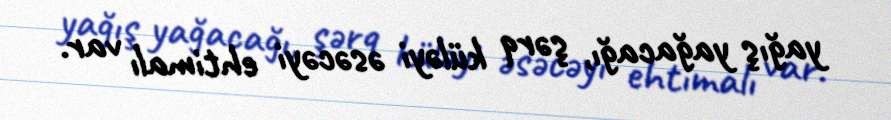
yağış yağacağı, şərq küləyi əsəcəyi ehtimalı var.